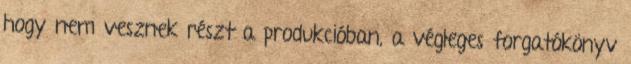
hogy nem vesznek részt a produkcióban, a végleges forgatókönyv